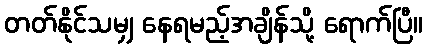
တတ်နိုင်သမျှ နေရမည့်အချိန်သို့ ရောက်ပြီ။